Preparation of a safe and efficient antirabic vaccine - Number 44
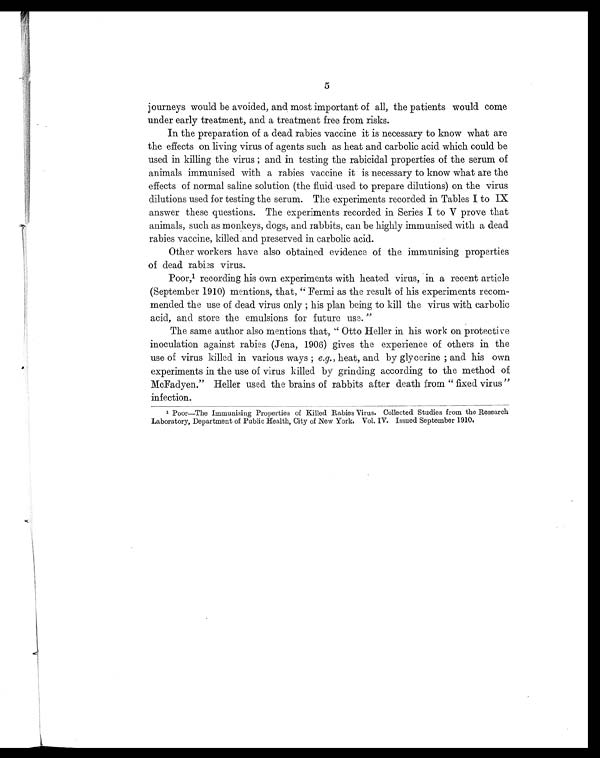
5
journeys would be avoided, and most important of all, the patients would come
under early treatment, and a treatment free from risks.
In the preparation of a dead rabies vaccine it is necessary to know what are
the effects on living virus of agents such as heat and carbolic acid which could be
used in killing the virus ; and in testing the rabicidal properties of the serum of
animals immunised with a rabies vaccine it is necessary to know what are the
effects of normal saline solution (the fluid used to prepare dilutions) on the virus
dilutions used for testing the serum. The experiments recorded in Tables I to IX
answer these questions. The experiments recorded in Series I to V prove that
animals, such as monkeys, dogs, and rabbits, can be highly immunised with a dead
rabies vaccine, killed and preserved in carbolic acid.
Other workers have also obtained evidence of the immunising properties
of dead rabies virus.
Poor,1 recording his own experiments with heated virus, in a recent article
(September 1910) mentions, that, " Fermi as the result of his experiments recom-
mended the use of dead virus only ; his plan being to kill the virus with carbolic
acid, and store the emulsions for future use. "
The same author also mentions that, " Otto Heller in his work on protective
inoculation against rabies (Jena, 1906) gives the experience of others in the
use of virus killed in various ways ; e.g., heat, and by glycerine ; and his own
experiments in the use of virus killed by grinding according to the method of
McFadyen." Heller used the brains of rabbits after death from " fixed virus "
infection.
1 Poor—The Immunising Properties of Killed Rabies Virus. Collected Studies from the Research
Laboratory, Department of Public Health, City of New York. Vol. IV. Issued September 1910.